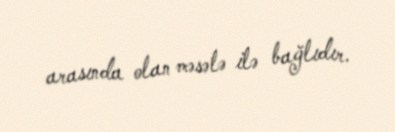
arasında olan məsələ ilə bağlıdır.